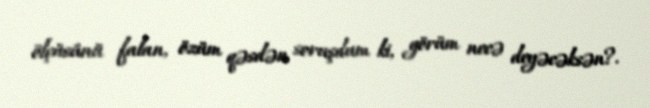
ölçüsünü falan, özüm qəsdən soruşdum ki, görüm necə deyəcəksən?.